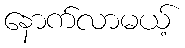
နောက်လာမယ့်